Civil Veterinary Dept. North-West Frontier Province 1933-46 - 1933-1946
Year: 1933
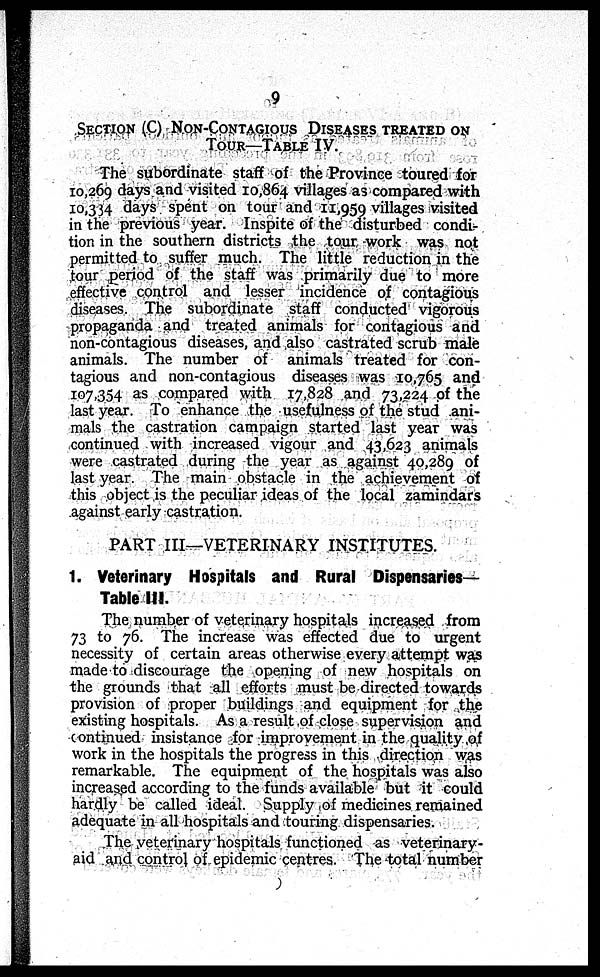
9
SECTION (C) NON-CONTAGIOUS DISEASES TREATED ON
TOUR—TABLE IV.
The subordinate staff of the Province toured for
10,269 days and visited 10,864 villages as compared with
10,334 days spent on tour and 11,959 villages visited
in the previous year. Inspite of the disturbed condi-
tion in the southern districts the tour work was not
permitted to suffer much. The little reduction in the
tour period of the staff was primarily due to more
effective control and lesser incidence of contagious
diseases. The subordinate staff conducted vigorous
propaganda and treated animals for contagious and
non-contagious diseases, and also castrated scrub male
animals. The number of animals treated for con-
tagious and non-contagious diseases was 10,765 and
107,354 as compared with 17,828 and 73,224 of the
last year. To enhance the usefulness of the stud ani-
mals the castration campaign started last year was
continued with increased vigour and 43,623 animals
were castrated during the year as against 40,289 of
last year. The main obstacle in the achievement of
this object is the peculiar ideas of the local zamindars
against early castration.
PART III—VETERINARY INSTITUTES.
1. Veterinary Hospitals and Rural Dispensaries—
Table III.
The number of veterinary hospitals increased from
73 to 76. The increase was effected due to urgent
necessity of certain areas otherwise every attempt was
made to discourage the opening of new hospitals on
the grounds that all efforts must be directed towards
provision of proper buildings and equipment for the
existing hospitals. As a result of close supervision and
continued insistance for improvement in the quality of
work in the hospitals the progress in this direction was
remarkable. The equipment of the hospitals was also
increased according to the funds available but it could
hardly be called ideal. Supply of medicines remained
adequate in all hospitals and touring dispensaries.
The veterinary hospitals functioned as veterinary-
aid and control of epidemic centres. The total number